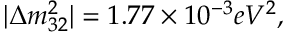
| \Delta m _ { 3 2 } ^ { 2 } | = 1 . 7 7 \times 1 0 ^ { - 3 } e V ^ { 2 } ,